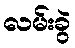
လမ်းခွဲ